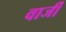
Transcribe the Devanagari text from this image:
वार्जी